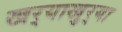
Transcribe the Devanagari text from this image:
खर्‍याखुर्‍या